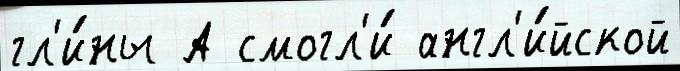
гл'и́ны А смогл'и́ англ'и́йской